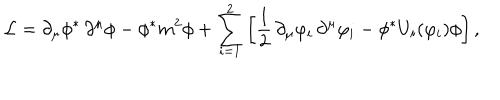
\mathcal { L } = \partial _ { \mu } \phi ^ { * } \, \partial ^ { \mu } \phi - \phi ^ { * } m ^ { 2 } \phi + \sum _ { i = 1 } ^ { 2 } \left[ \frac { 1 } { 2 } \, \partial _ { \mu } \varphi _ { i } \, \partial ^ { \mu } \varphi _ { i } - \phi ^ { * } U _ { i } ( \varphi _ { i } ) \phi \right] ,